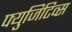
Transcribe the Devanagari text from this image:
फ्युजिटिव्स